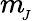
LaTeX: m_{\! _{J}}